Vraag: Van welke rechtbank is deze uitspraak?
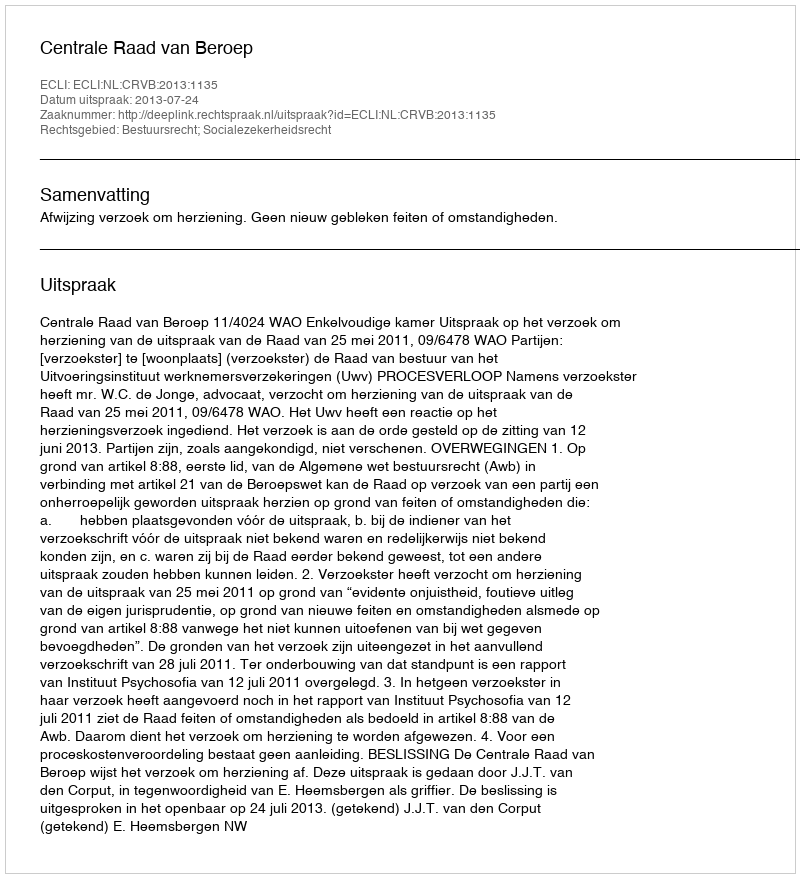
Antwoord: Centrale Raad van Beroep